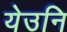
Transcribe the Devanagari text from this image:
येउनि